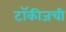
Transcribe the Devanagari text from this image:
टॉकीजची